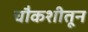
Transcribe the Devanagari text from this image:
चौकशीतून